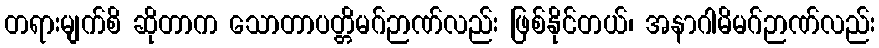
တရားမျက်စိ ဆိုတာက သောတာပတ္တိမဂ်ဉာဏ်လည်း ဖြစ်နိုင်တယ်၊ အနာဂါမိမဂ်ဉာဏ်လည်း